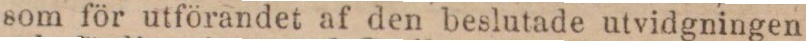
som för utförandet af den beslutade utvidgningen